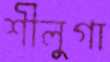
শীলুগা